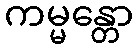
ကမ္မန္တော